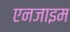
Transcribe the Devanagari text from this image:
एनजाइम